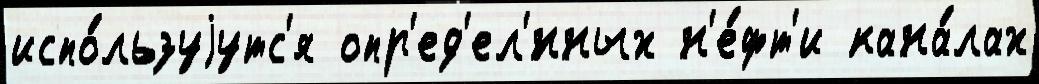
испо́льзуjутс'я опр'ед'ел'́нных н'е́фт'и кана́лах